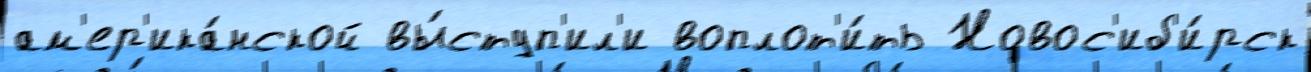
ам'ер'ика́нской вы́ступ'ил'и воплот'и́ть Новос'иб'и́рск